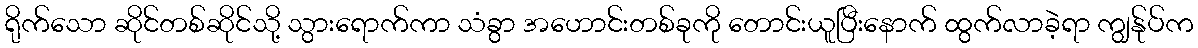
ရိုက်သော ဆိုင်တစ်ဆိုင်သို့ သွားရောက်ကာ သံခွာ အဟောင်းတစ်ခုကို တောင်းယူပြီးနောက် ထွက်လာခဲ့ရာ ကျွန်ုပ်က